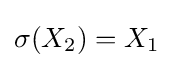
\sigma (X_{2})=X_{1}